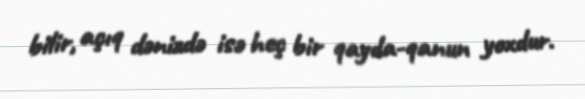
bilir, açıq dənizdə isə heç bir qayda-qanun yoxdur.